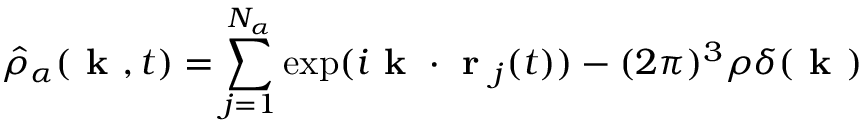
\hat { \rho } _ { \alpha } ( \textbf { k } , t ) = \sum _ { j = 1 } ^ { N _ { \alpha } } \exp ( i \textbf { k } \cdot \textbf { r } _ { j } ( t ) ) - ( 2 \pi ) ^ { 3 } \rho \delta ( \textbf { k } )